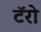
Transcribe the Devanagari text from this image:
टॅरो